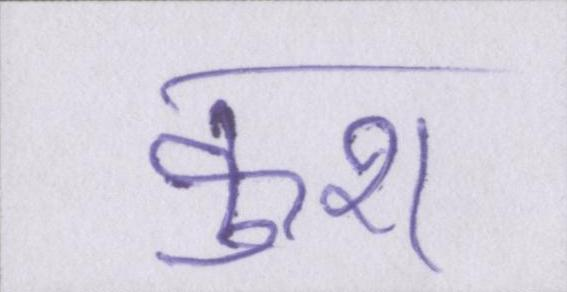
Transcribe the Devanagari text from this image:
कुश